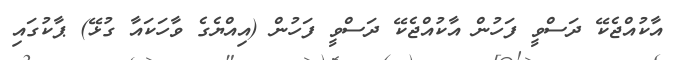
އާކުއްޖެކޭ ދަސްވީ ފަހުން އާކުއްޖެކޭ ދަސްވީ ފަހުން (އިއްޔެގެ ވާހަކައާ ގުޅޭ) ޕާާކުގައި